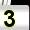
Digit: 3